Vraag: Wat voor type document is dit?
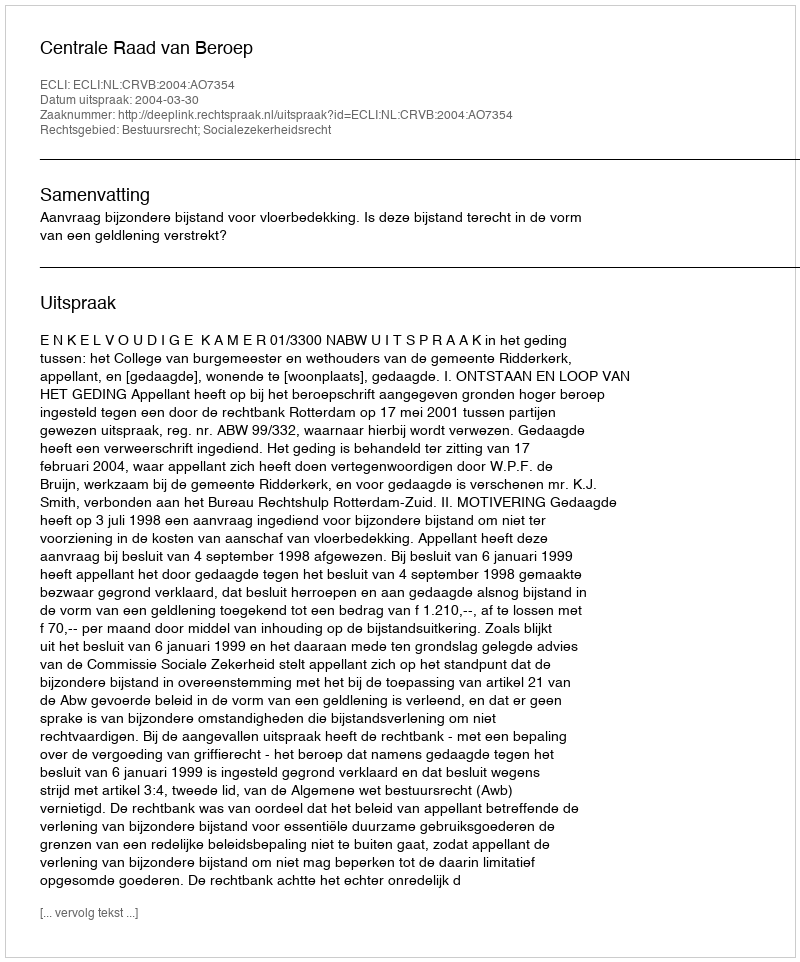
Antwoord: Uitspraak